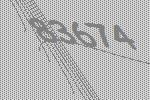
83674